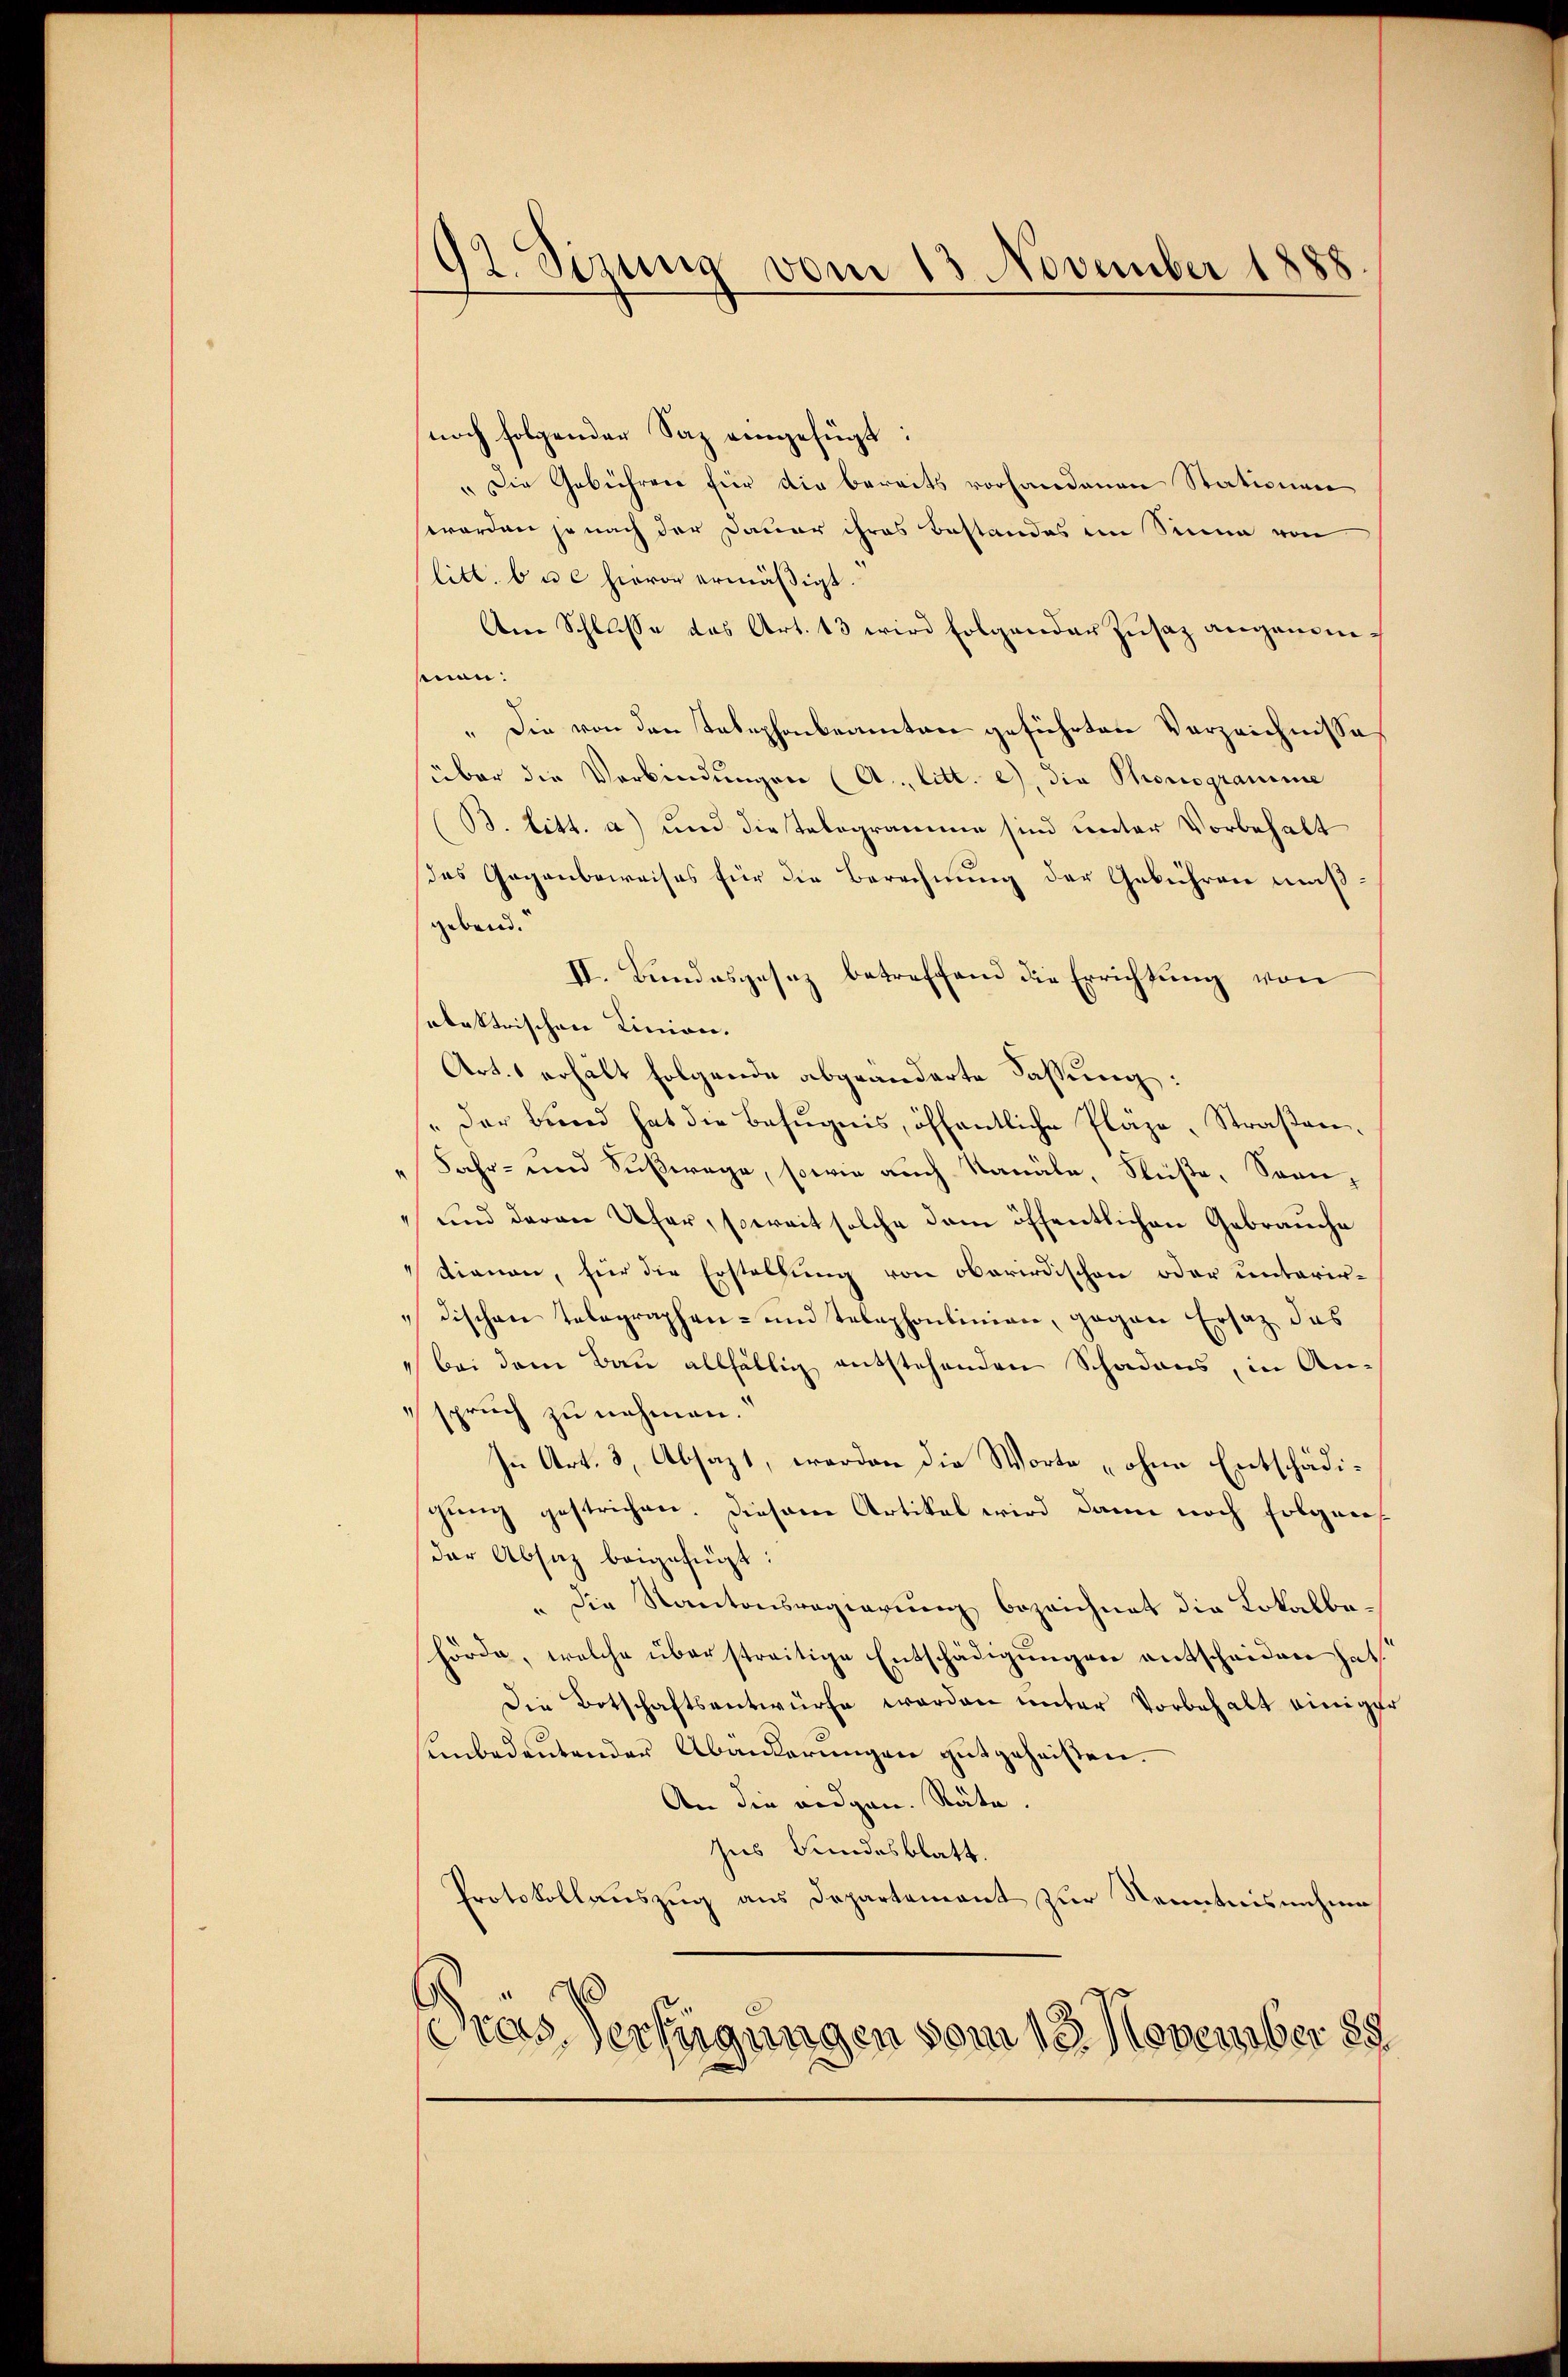
92. Sizung vom 13 November 1888

noch folgender Saz eingefügt:
"Die Gebühren für die bereits vorhandenen Stationen
worden je nach der Dauer ihres Bestandes im Sinne von
litt. bue hievon ermäßigt.
Am Schlusse des Art. 13 wird folgender Zusaz angenomsenen:
" Die von den Tabephonbeamten geführten Verzeichnisse
über die Verbindungen (A.. litt. e), die Phonogramme
(B. litt. a) und diestelegramme sind unter Vorbehalt
das Gegenbeweises für die Berechnung der Gebühren muß
gebend.
II. Bundesgesez betreffend die Errichtung von
abaktrischen Linien.
Art. 1 erhält folgende abgeänderte Fassung:
"Der Bund hat die Befugnis, öffentliche Pläze, Straßen¬
Jahr- und Fußwege, sowie auch Nanäle, Süße, Sonn¬
und daran Ufer, soweit solche dem öffentlichen Gebrauche
tionen, für die Erstellung von oberirdischen oder unterir-
dischen Telegraphen- und Telephonlinien, gegen Ersatz des
" bei dem Bau allfällig entstehenden Schadens, in Anspruch zu nehmen.
In Art. 3, Absazt, werden die Worte „ohne Entschädigung gestrichen. Diesem Artikel wird dann noch folgenosder Absatz beigefügt:
" die Kantonsregierung bezeichnet die Lokalbehörde, welche überstreitige Entschädigungen entscheiden hat.
Die Botschaftsantwürfe worden unter Vorbehalt einiger
sunbedeutender Abänderungen gutgeheißen.
An die eidgen. Räte.
Ins Bundesblatt.
Protokollauszug aus Departement zur Kenntnisnehme
ras Verfügungen vom 18. November 188